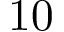
1 0